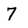
Character: 7